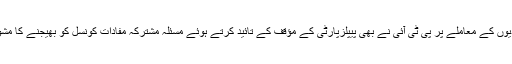
نئی حلقہ بندیوں کے معاملے پر پی ٹی آئی نے بھی پیپلزپارٹی کے مؤقف کے تائید کرتے ہوئے مسئلہ مشترکہ مفادات کونسل کو بھیجنے کا مشورہ دے دیا۔